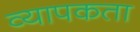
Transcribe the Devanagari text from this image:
व्‍यापकता